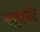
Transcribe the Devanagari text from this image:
डाइवर्सऩ